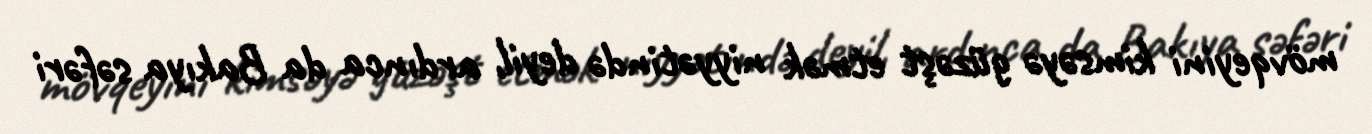
mövqeyini kimsəyə güzəşt etmək niyyətində deyil, ardınca da Bakıya səfəri